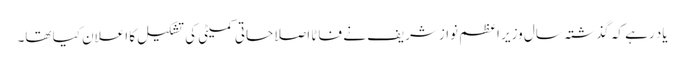
یاد رہے کہ گذشتہ سال وزیر اعظم نوازشریف نے فاٹا اصلاحاتی کمیٹی کی تشکیل کا اعلان کیا تھا۔